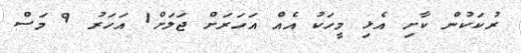
ރުކަކުން ކާށި އެޅި މީހަކު އެއް އަހަރަށް ޖަލަށް1 އަހަރު 9 މަސް